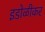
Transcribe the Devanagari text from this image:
इडोळीकर